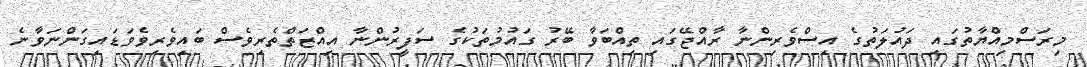
މިރަސްމިއްޔާތުގައި ދައުލަތުގެ އިސްވެރިންނާ ރާއްޖޭގައި ތިއްބަވާ ބޭރު ގައުމުތަކުގެ ސަފީރުންނާ އިއްޒަތްތެރިވެސް ބައިވެރިވެވަޑައިގަންނަވާނެ